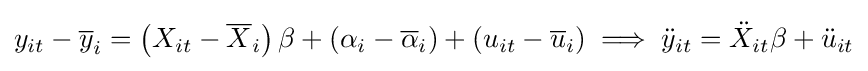
y_{it}-{\overline {y}}_{i}=\left(X_{it}-{\overline {X}}_{i}\right)\beta +\left(\alpha _{i}-{\overline {\alpha }}_{i}\right)+\left(u_{it}-{\overline {u}}_{i}\right)\implies {\ddot {y}}_{it}={\ddot {X}}_{it}\beta +{\ddot {u}}_{it}